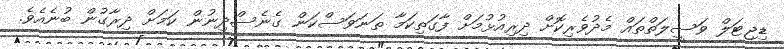
ޑިޖިޓަލް ވަސީލަތްތައް މެދުވެރިކޮށް ދިރިއުޅުމަށް ފާގަތިކަމާ ތަނަވަސްކަން ގެނެސްދިނުން ކަމަށް ދިރާގުން ބުނެއެވެ.